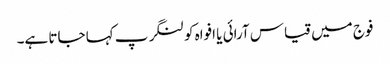
فوج میں قیاس آرائی یا افواہ کو لنگر پ کہا جاتا ہے۔